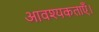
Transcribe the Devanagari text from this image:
आवश्यकताएँ।